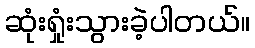
ဆုံးရှုံးသွားခဲ့ပါတယ်။